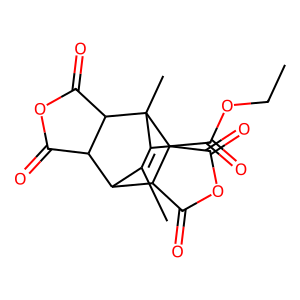
SMILES: CCOC(=O)C1=C(C)C2C3C(=O)OC(=O)C3C1(C)C1C(=O)OC(=O)C21
Inhibits HIV replication: No